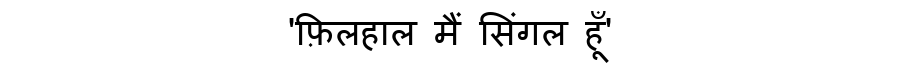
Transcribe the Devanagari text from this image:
'फ़िलहाल मैं सिंगल हूँ'